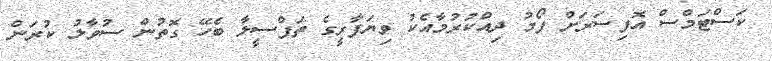
ކަސްޓަމްސް އޮފިސަރަށް ފޯމު ދިއްކުރުމާއެކު ވިޔަފާރީގެ ތަފްސީލާ ބެހޭ ގޮތުން ސުވާލު ކުރަން